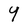
Character: 4